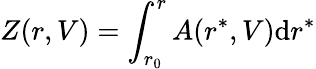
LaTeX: Z(r,V)=\displaystyle\int_{r_{0}}^{r}A(r^{*},V)\mathrm{d}r^{*}